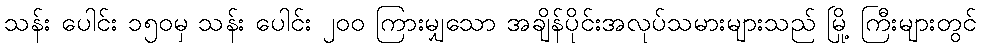
သန်း ပေါင်း ၁၅၀မှ သန်း ပေါင်း ၂၀၀ ကြားမျှသော အချိန်ပိုင်းအလုပ်သမားများသည် မြို့ ကြီးများတွင်